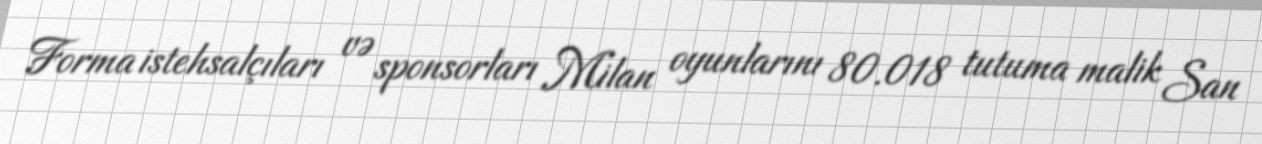
Forma istehsalçıları və sponsorları Milan oyunlarını 80.018 tutuma malik San